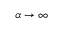
\alpha \to \infty